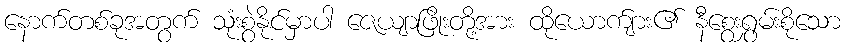
နောက်တစ်ခုအတွက် သုံးစွဲနိုင်မှာပါ ဇေယျာဖြိုးတို့အား ထိုယောက်ျား၏ နီစွေးရွှမ်းစိုသော